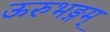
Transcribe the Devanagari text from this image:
ऊरुभङ्गम्